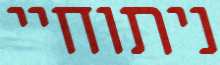
ניתוחיי